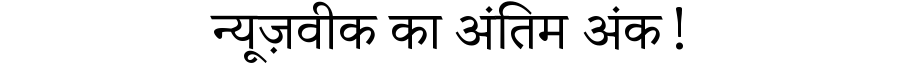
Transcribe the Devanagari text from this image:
न्यूज़वीक का अंतिम अंक!